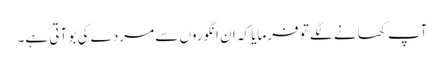
آپ کھانے لگے تو فرمایا کہ ان انگوروں سے مردے کی بو آتی ہے۔